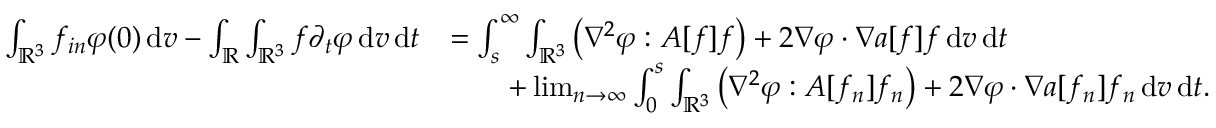
\begin{array} { r l } { \int _ { \ensuremath { { \mathbb R } } ^ { 3 } } f _ { i n } \varphi ( 0 ) \, \mathrm { d } v - \int _ { \ensuremath { { \mathbb R } } } \int _ { \ensuremath { { \mathbb R } } ^ { 3 } } f \partial _ { t } \varphi \, \mathrm { d } v \, \mathrm { d } t } & { = \int _ { s } ^ { \infty } \int _ { \ensuremath { { \mathbb R } } ^ { 3 } } \left( \nabla ^ { 2 } \varphi : A [ f ] f \right) + 2 \nabla \varphi \cdot \nabla a [ f ] f \, \mathrm { d } v \, \mathrm { d } t } \\ & { \qquad + \operatorname* { l i m } _ { n \rightarrow \infty } \int _ { 0 } ^ { s } \int _ { \ensuremath { { \mathbb R } } ^ { 3 } } \left( \nabla ^ { 2 } \varphi : A [ f _ { n } ] f _ { n } \right) + 2 \nabla \varphi \cdot \nabla a [ f _ { n } ] f _ { n } \, \mathrm { d } v \, \mathrm { d } t . } \end{array}